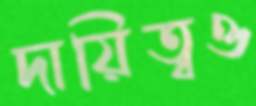
দায়িত্বও